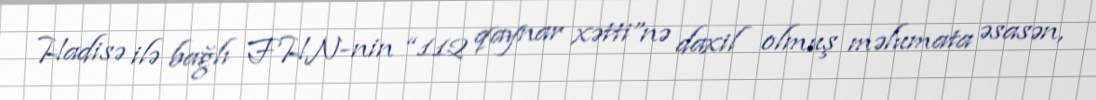
Hadisə ilə bağlı FHN-nin “112 qaynar xətti”nə daxil olmuş məlumata əsasən,